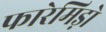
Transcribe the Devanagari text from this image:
फारेमिड़ो